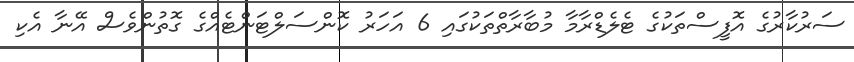
ސަރުކާރުގެ އޮފީސްތަަކުގެ ޓެލެޑްރާމާ މުބާރާތްތަކުގައި 6 އަހަރު ކޮންސަލްޓަންޓެއްގެ ގޮތުންވެސް އޭނާ އެކި